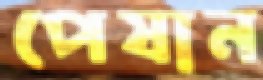
পেষান